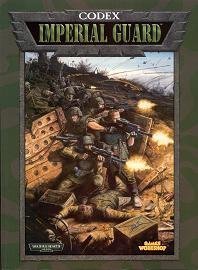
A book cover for Codex: Imperial Guard (Warhammer 40,000); Jervis Johnson; Science Fiction & Fantasy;